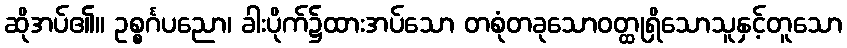
ဆိုအပ်၏။ ဥစ္စင်္ဂပညော၊ ခါးပိုက်၌ထားအပ်သော တစုံတခုသောဝတ္ထုရှိသောသူနှင့်တူသော